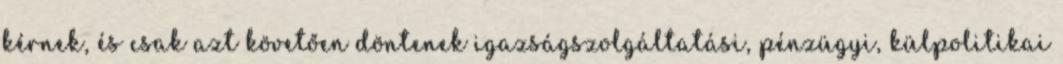
kérnek, és csak azt követően döntenek igazságszolgáltatási, pénzügyi, külpolitikai